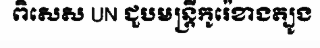
ពិសេស UN ជួបមន្ត្រីកូរ៉េខាងត្បូង